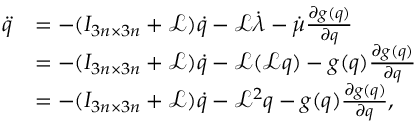
\begin{array} { r l } { \ddot { q } } & { = - ( I _ { 3 n \times 3 n } + \mathcal { L } ) \dot { q } - \mathcal { L } \dot { \lambda } - \dot { \mu } \frac { \partial g ( q ) } { \partial q } } \\ & { = - ( I _ { 3 n \times 3 n } + \mathcal { L } ) \dot { q } - \mathcal { L } ( \mathcal { L } q ) - g ( q ) \frac { \partial g ( q ) } { \partial q } } \\ & { = - ( I _ { 3 n \times 3 n } + \mathcal { L } ) \dot { q } - \mathcal { L } ^ { 2 } q - g ( q ) \frac { \partial g ( q ) } { \partial q } , } \end{array}